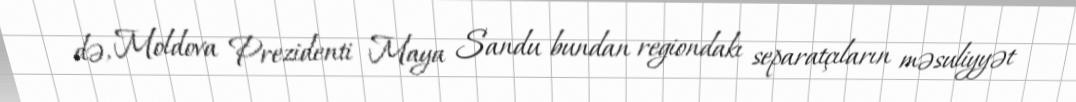
də, Moldova Prezidenti Maya Sandu bundan regiondakı separatçıların məsuliyyət